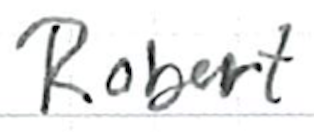
Text: Robert
Cross-out: clean
Writing tool: ballpoint